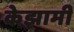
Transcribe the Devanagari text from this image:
केझामी